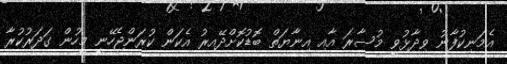
އެމަނިކުފާނު ވިދާޅުވީ މުސާރަ އާއި އިނާޔަތް ބޮޑުކޮށްދޭއިރު އެކަން ކުރަންޖެހޭނީ މީހުން ގަދަރުކުރާ